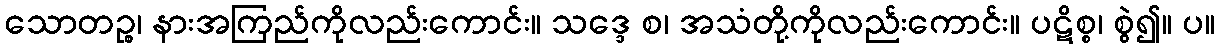
သောတဉ္စ၊ နားအကြည်ကိုလည်းကောင်း။ သဒ္ဒေ စ၊ အသံတို့ကိုလည်းကောင်း။ ပဋိစ္စ၊ စွဲ၍။ ပ။